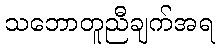
သဘောတူညီချက်အရ